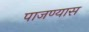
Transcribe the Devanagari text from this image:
पाजण्यास